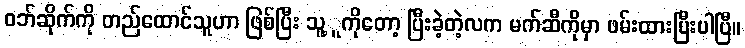
ဝဘ်ဆိုက်ကို တည်ထောင်သူဟာ ဖြစ်ပြီး သူ့ူကိုတော့ ပြီးခဲ့တဲ့လက မက်ဆီကိုမှာ ဖမ်းထားပြီးပါပြီ။